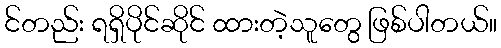
င်တည်း ရရှိပိုင်ဆိုင် ထားတဲ့သူတွေ ဖြစ်ပါတယ်။